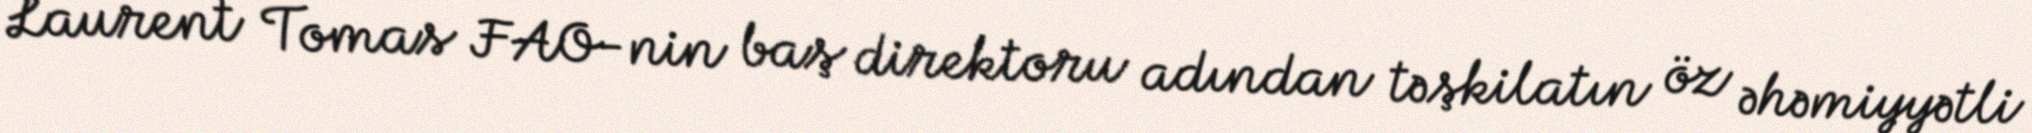
Laurent Tomas FAO-nin baş direktoru adından təşkilatın öz əhəmiyyətli